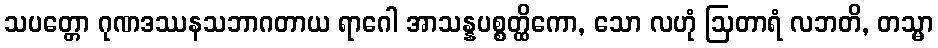
သပတ္တော ဂုဏဒဿနသဘာဂတာယ ရာဂေါ အာသန္နပစ္စတ္ထိကော, သော လဟုံ ဩတာရံ လဘတိ, တသ္မာ